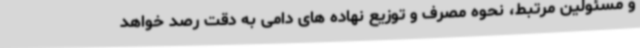
و مسئولین مرتبط، نحوه مصرف و توزیع نهاده های دامی به دقت رصد خواهد